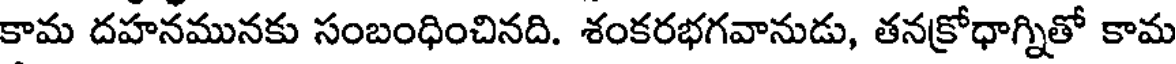
కామ దహనమునకు సంబంధించినది. శంకరభగవానుడు, తనక్రోధాగ్నితో కామ